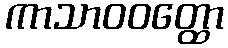
ကာသာဝဝတ္ထော